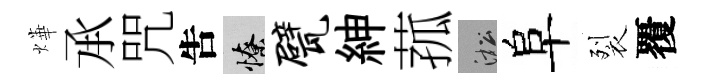
燁𠄘咒吿憭甓紳菰淞阜裂覆